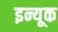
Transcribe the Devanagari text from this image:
इन्यूक